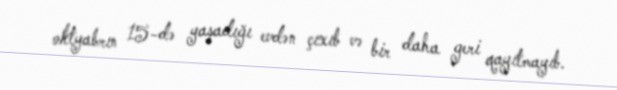
oktyabrın 15-də yaşadığı evdən çıxıb və bir daha geri qayıtmayıb.